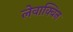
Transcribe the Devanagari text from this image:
लेवाक्विन